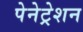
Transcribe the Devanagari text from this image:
पेनेट्रेशन